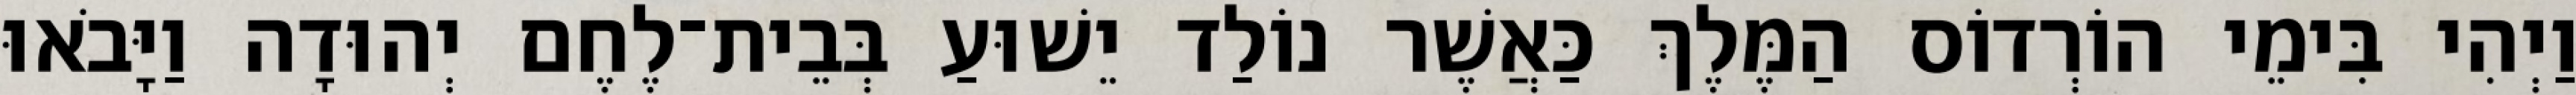
וַיְהִי בִּימֵי הוֹרְדוֹס הַמֶּלֶךְ כַּאֲשֶׁר נוֹלַד יֵשׁוּעַ בְּבֵית־לֶחֶם יְהוּדָה וַיָּבֹאוּ